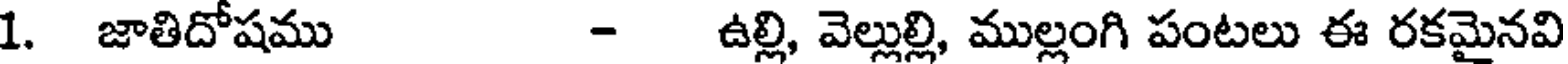
1. జాతిదోషము - ఉల్లి, వెల్లుల్లి, ముల్లంగి పంటలు ఈ రకమైనవి